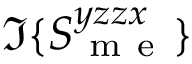
\Im \{ S _ { \mathrm { ~ m ~ e ~ } } ^ { y z z x } \}